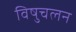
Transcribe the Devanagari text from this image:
विषुचलन